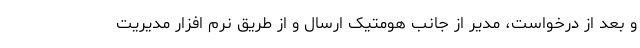
و بعد از درخواست، مدیر از جانب هومتیک ارسال و از طریق نرم افزار مدیریت